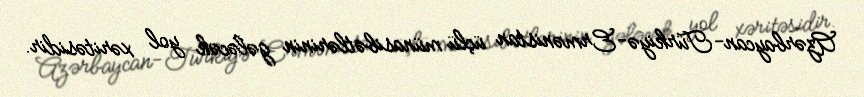
Azərbaycan-Türkiyə-Ermənistan üçlü münasibətlərinin gələcək yol xəritəsidir.